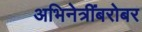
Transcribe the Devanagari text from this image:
अभिनेत्रींबरोबर